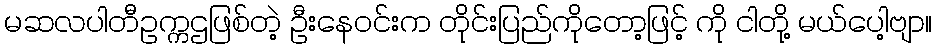
မဆလပါတီဥက္ကဌဖြစ်တဲ့ ဦးနေဝင်းက တိုင်းပြည်ကိုတော့ဖြင့် ကို ငါတို့ မယ်ပေါ့ဗျာ။